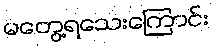
မတွေ့ရသေးကြောင်း